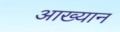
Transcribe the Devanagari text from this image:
आख्‍यान